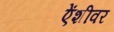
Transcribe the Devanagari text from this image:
ऐंशीवर